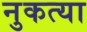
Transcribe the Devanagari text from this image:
नुकत्या